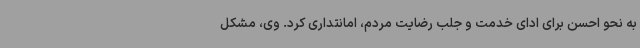
به نحو احسن برای ادای خدمت و جلب رضایت مردم، امانتداری کرد. وی، مشکل